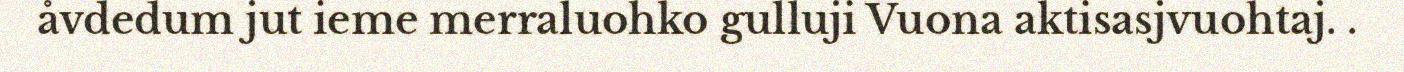
åvdedum jut ieme merraluohko gulluji Vuona aktisasjvuohtaj. .